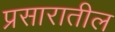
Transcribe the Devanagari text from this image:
प्रसारातील